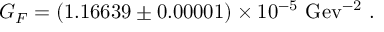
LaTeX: G _ { F } = ( 1 . 1 6 6 3 9 \pm 0 . 0 0 0 0 1 ) \times 1 0 ^ { - 5 } ~ \mathrm { G e v ^ { - 2 } } ~ .